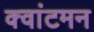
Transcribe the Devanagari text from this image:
क्वांटमन